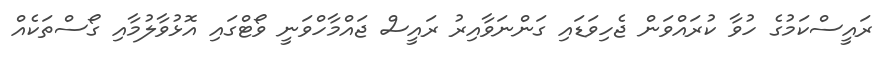
ރައީސްކަމުގެ ހުވާ ކުރައްވަން ޖެހިވަޑައި ގަންނަވާއިރު ރައީސް ޖައްމާހްވަނީ ވޯޓްގައި އޮޅުވާލުމާއި ގޯސްތަކެއް